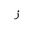
Letter: _zay